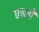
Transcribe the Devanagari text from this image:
पन्‍नों